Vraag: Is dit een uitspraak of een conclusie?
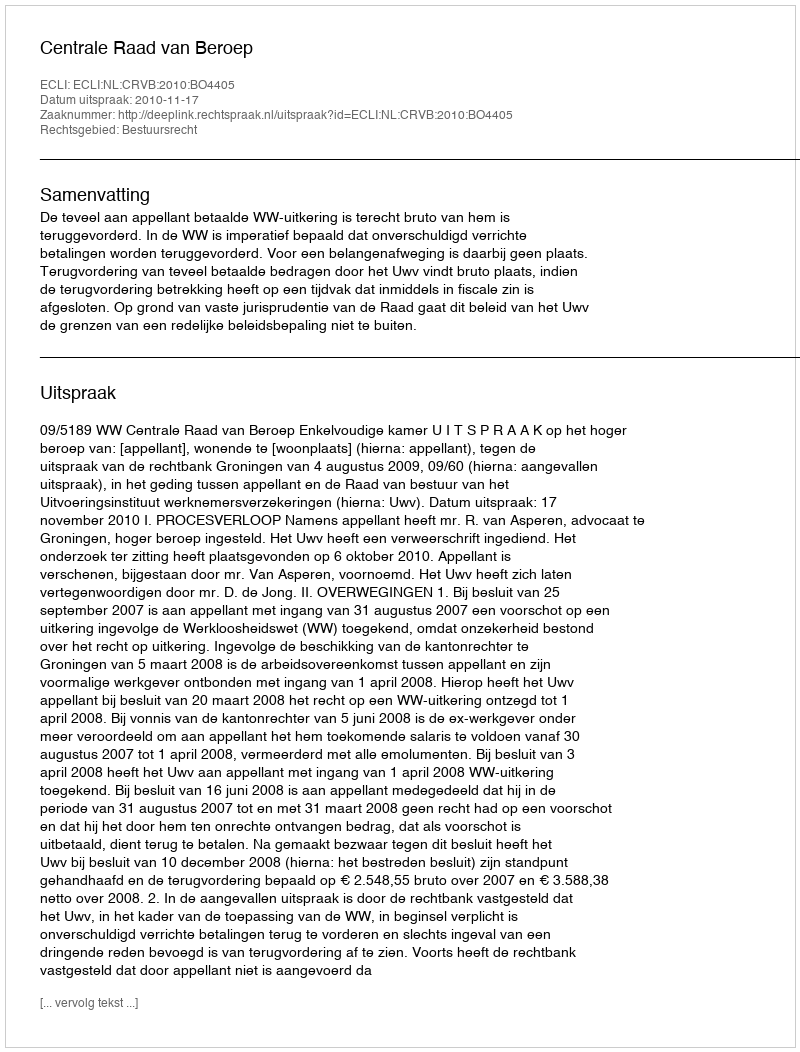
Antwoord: Uitspraak